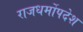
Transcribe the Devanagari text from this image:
राजधर्मोपदेश